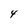
Character: 4